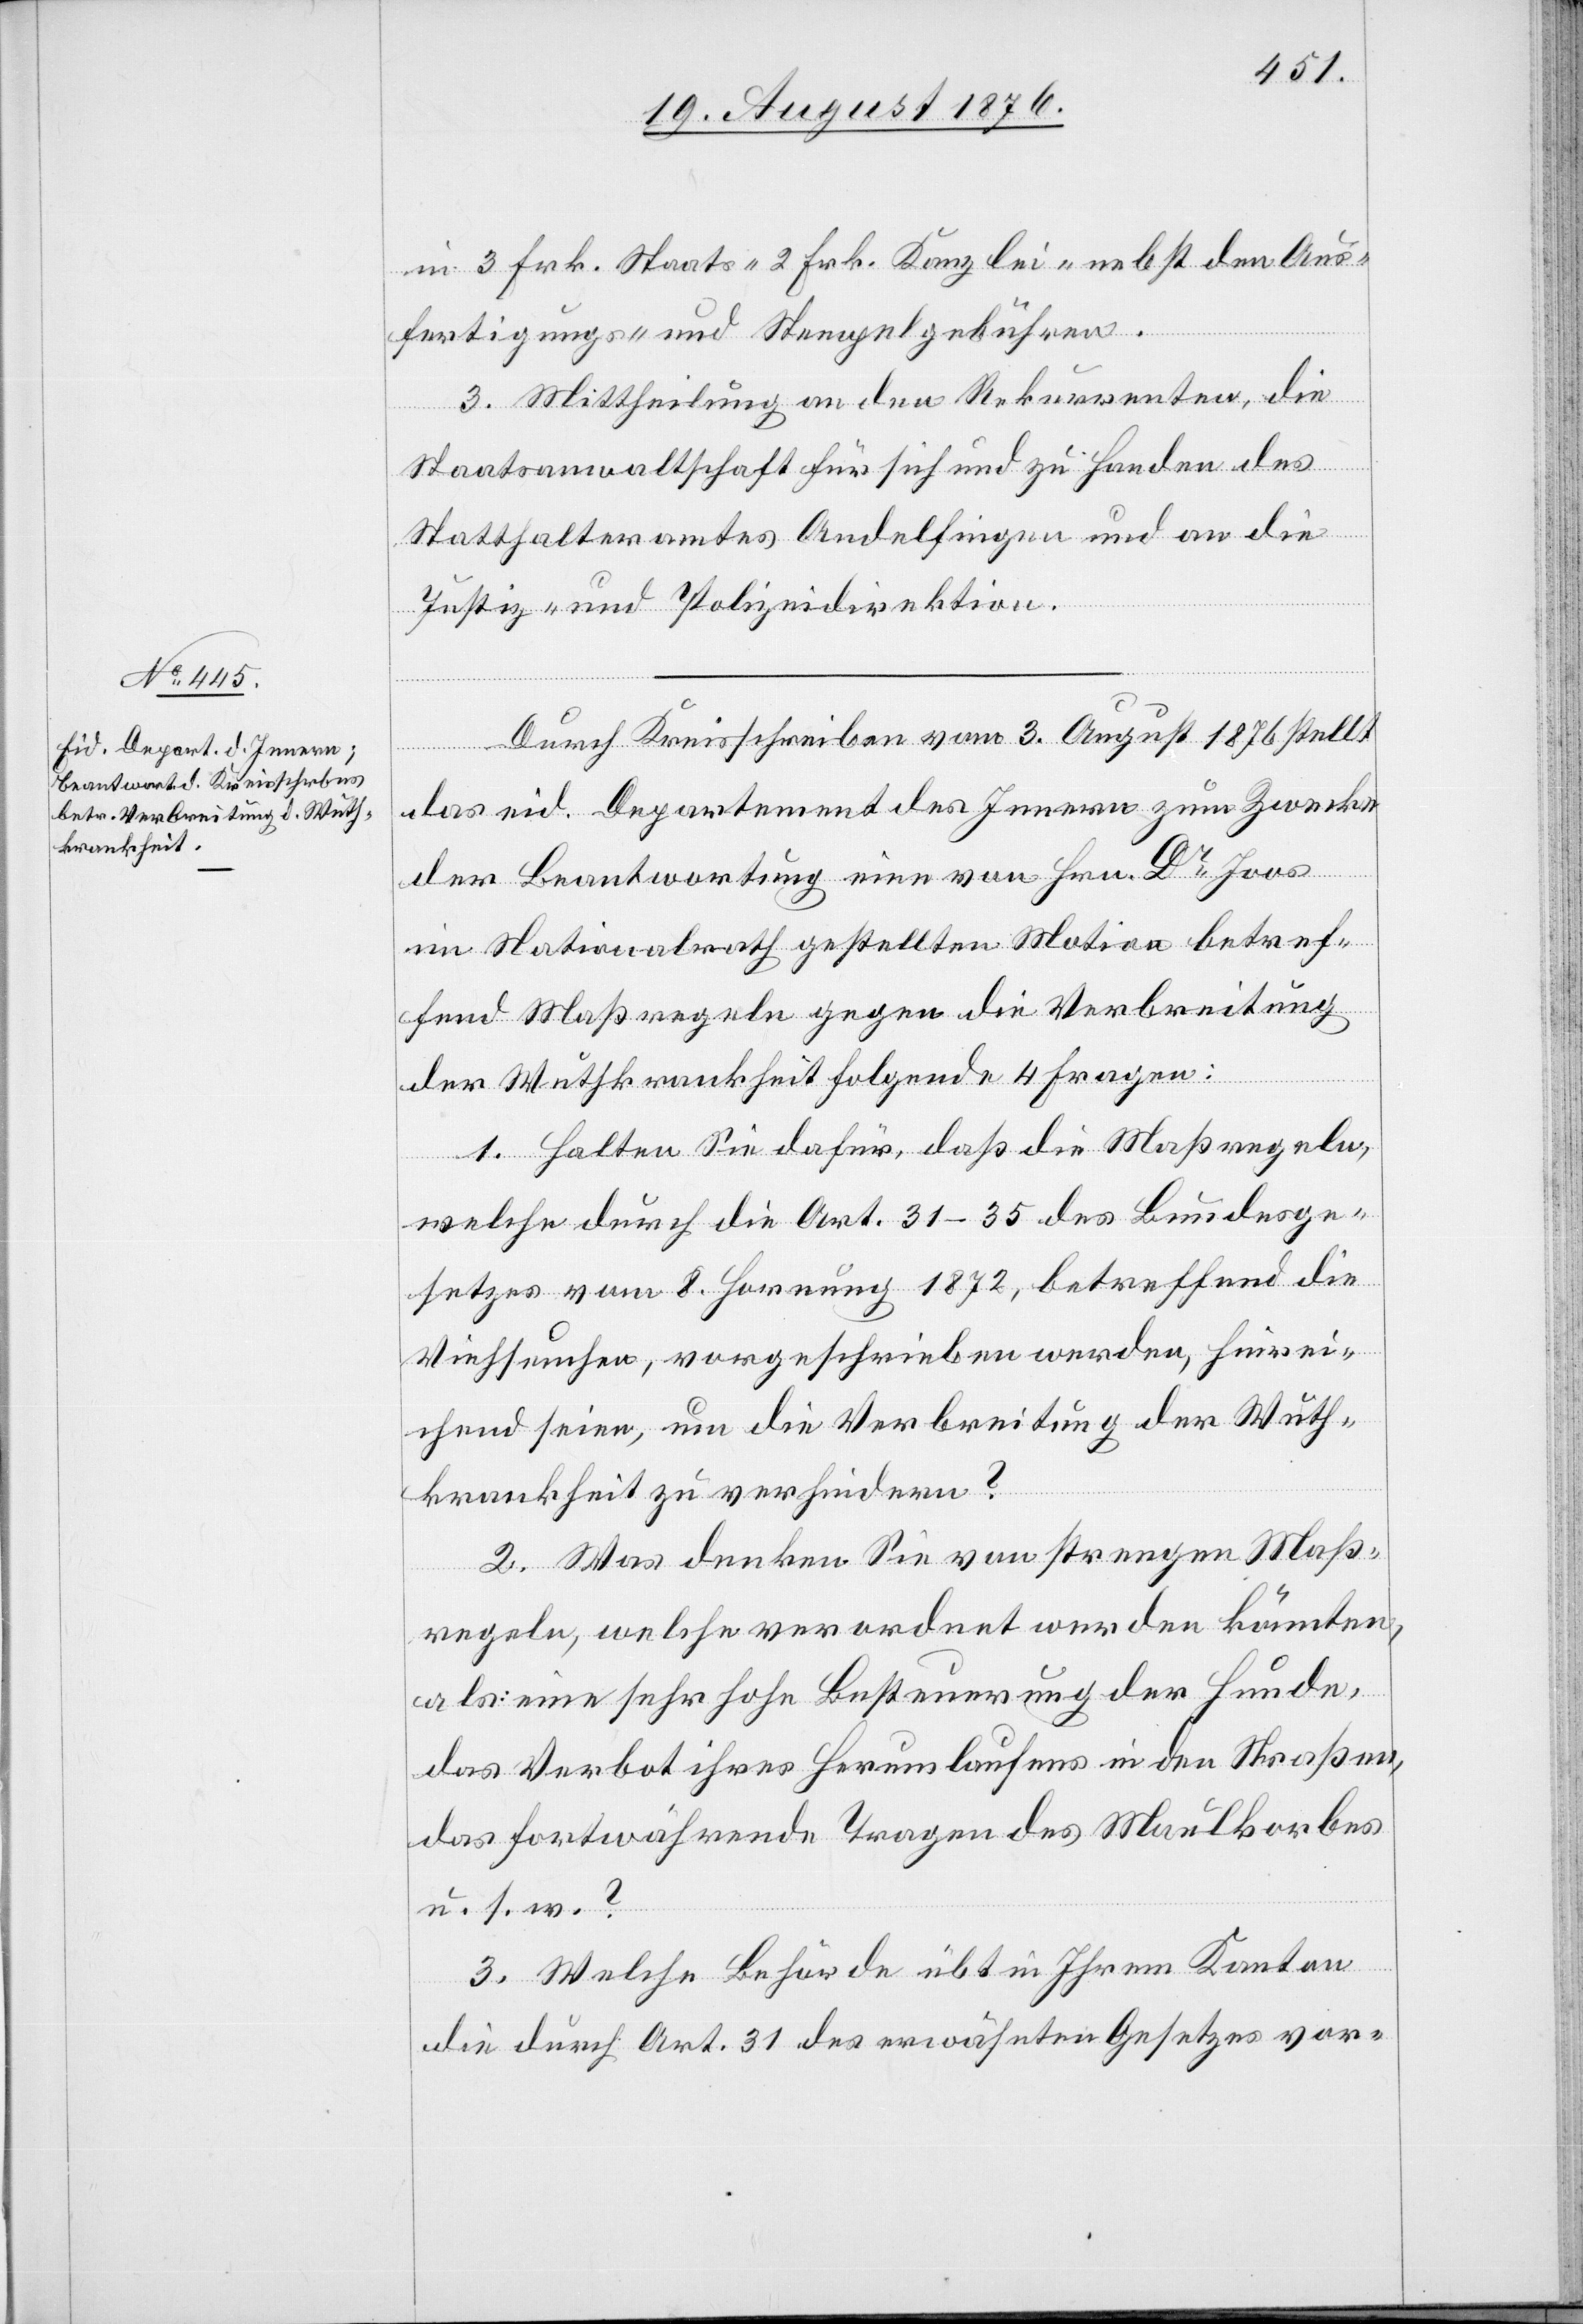
in 3 Frk. Staats- 2 Frk. Kanzlei- nebst den Aus¬
fertigungs- und Stempelgebühren.
3. Mittheilung an den Rekurrenten, die
Staatsanwaltschaft für sich und zu Handen des
Statthalteramtes Andelfingen und an die
Justiz- und Polizeidirektion.
Durch Kreisschreiben vom 3. August 1876 stellt
das eid. Departement des Innern zum Zwecke
der Beantwortung eine von Hrn. Dr Joos
im Nationalrath gestellten Motion betref¬
fend Maßregeln gegen die Verbreitung
der Wuthkrankheit folgende 4 Fragen:
1. Halten Sie dafür, daß die Maßregeln,
welche durch die Art. 31–35 des Bundesge¬
setzes vom 8. Hornung 1872, betreffend die
Viehseuchen, vorgeschrieben werden, hinrei¬
chend seien, um die Verbreitung der Wuth¬
krankheit zu verhindern?
2. Was denken Sie von strengen Maß¬
regeln, welche verordnet werden könnten,
als eine sehr hohe Besteuerung der Hunde,
das Verbot ihres Herumlaufens in den Straßen,
das fortwährende Tragen des Maulkorbes
u. s. w.?
3. Welche Behörde übt in Ihrem Kanton
die durch Art. 31 des erwähnten Gesetzes vor-